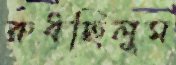
রুধছিলুম